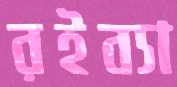
রইব্যা